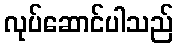
လုပ်ဆောင်ပါသည်